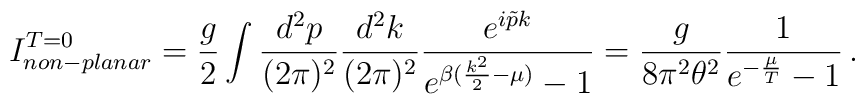
I_{non-planar}^{T=0} = \frac{g}{2}  \int \frac{d^2 p}{(2\pi)^2}\frac{d^2k}{(2\pi)^2}\frac{e^{i\tilde{p}k}}{e^{\beta(\frac{k^2}{2}-\mu)}-1} = \frac{g}{8\pi^2 \theta^2} \frac{1}{e^{-\frac{\mu}{T}}-1} \,.